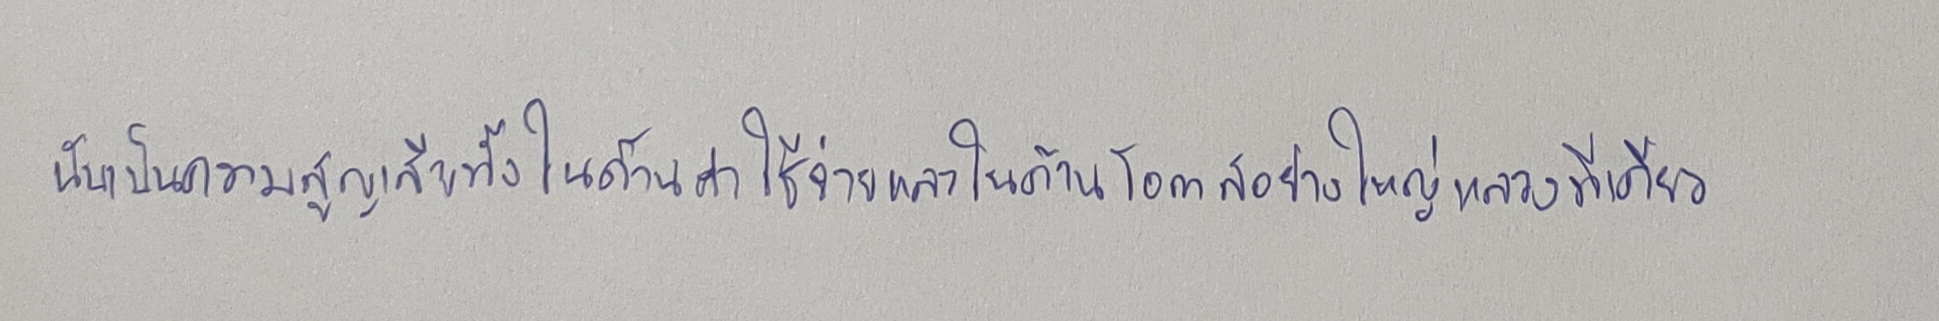
นับเป็นความสูญเสียทั้งในด้านค่าใช้จ่ายและในด้านโอกาสอย่างใหญ่หลวงทีเดียว